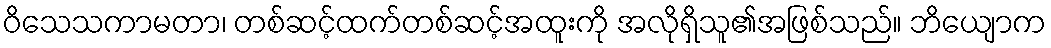
ဝိသေသကာမတာ၊ တစ်ဆင့်ထက်တစ်ဆင့်အထူးကို အလိုရှိသူ၏အဖြစ်သည်။ ဘိယျောက